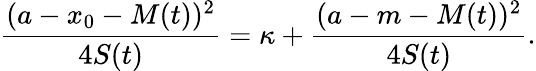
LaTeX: \frac{(a-x_{0}-M(t))^{2}}{4S(t)}=\kappa+\frac{(a-m-M(t))^{2}}{4S(t)}.